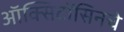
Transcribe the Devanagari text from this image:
ऑक्सिटॉसिनचे